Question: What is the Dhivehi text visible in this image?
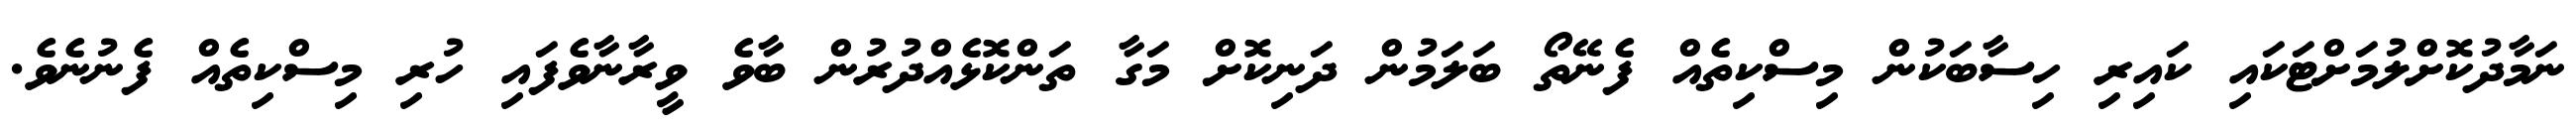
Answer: ނަމާދުކޮށްލުމަށްޓަކައި ކައިރި ހިސާބަކުން މިސްކިތެއް ފެނޭތޯ ބަލަމުން ދަނިކޮށް މަގާ ތަންކޮޅެއްދުރުން ބާވެ ވީރާނާވެފައި ހުރި މިސްކިތެއް ފެނުނެވެ.